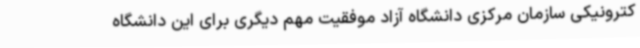
کترونیکی سازمان مرکزی دانشگاه آزاد موفقیت مهم دیگری برای این‌ دانشگاه